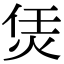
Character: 𤇲